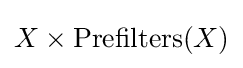
X\times \operatorname {Prefilters} (X)